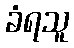
ခံရသူ